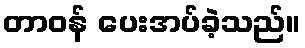
တာဝန် ပေးအပ်ခဲ့သည်။